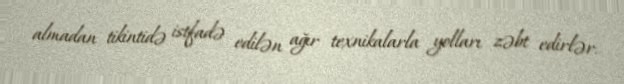
almadan tikintidə istfadə edilən ağır texnikalarla yolları zəbt edirlər.